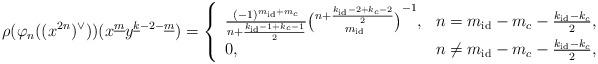
LaTeX: \begin{align*}\rho(\varphi_n((x^{2n})^\vee))(x^{\underline m}y^{\underline k-2-\underline m})=\left\{\begin{array}{ll}\frac{(- 1)^{m_{\rm id}+m_c}}{n+\frac{k_{\rm id}-1+k_c-1}{2}}\binom{n+\frac{k_{\rm id}-2+k_c-2}{2}}{m_{\rm id}}^{-1},&n=m_{\rm id}-m_c-\frac{k_{\rm id}-k_{c}}{2},\\0,&n\neq m_{\rm id}-m_c-\frac{k_{\rm id}-k_{c}}{2},\end{array}\right.\end{align*}